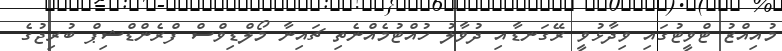
މުއިއްޒު ޓްވީޓުގައި ވިދާޅުވީ ރޭގަނޑާއި ދުވާލު ހުއްޓުމެއްނެތި ޗައިނާ މޯލްޑިވްސް ފްރެންޑްޝިޕް ބުރިޖުގެ